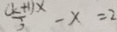
\frac { ( x + 1 ) x } { 3 } - x = 2